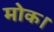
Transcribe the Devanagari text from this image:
मोक।